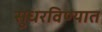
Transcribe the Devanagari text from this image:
सुधरविण्यात